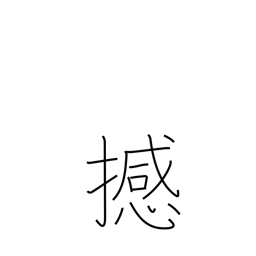
Meaning: move